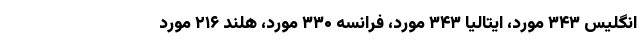
انگلیس ۳۴۳ مورد، ایتالیا ۳۴۳ مورد، فرانسه ۳۳۰ مورد، هلند ۲۱۶ مورد